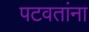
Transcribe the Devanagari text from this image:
पटवतांना